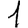
Digit: 1